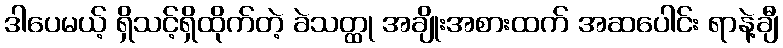
ဒါပေမယ့် ရှိသင့်ရှိထိုက်တဲ့ ခဲသတ္ထု အချိုးအစားထက် အဆပေါင်း ရာနဲ့ချီ